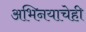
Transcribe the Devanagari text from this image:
अभिनयाचेही